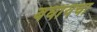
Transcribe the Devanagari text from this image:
बघायचा